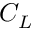
C _ { L }